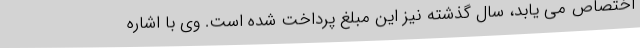
اختصاص می یابد، سال گذشته نیز این مبلغ پرداخت شده است. وی با اشاره